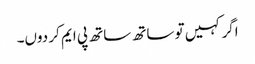
اگر کہیں تو ساتھ ساتھ پی ایم کر دوں۔